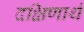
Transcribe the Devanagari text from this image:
दक्षिणार्थं